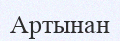
Артынан